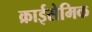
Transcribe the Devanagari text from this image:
क्राईसेमिक